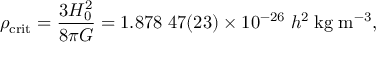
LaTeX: \rho _ { \mathrm { c r i t } } = { \frac { 3 H _ { 0 } ^ { 2 } } { 8 \pi G } } = 1 . 8 7 8 \; 4 7 ( 2 3 ) \times 1 0 ^ { - 2 6 } \; h ^ { 2 } \; { \mathrm { k g } } \; { \mathrm { m } } ^ { - 3 } ,